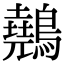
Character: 䴃